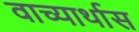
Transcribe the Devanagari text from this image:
वाच्यार्थास